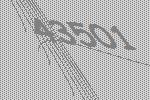
43501